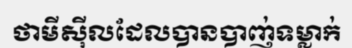
ថាមីស៊ីលដែលបានបាញ់ទម្លាក់